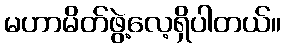
မဟာမိတ်ဖွဲ့လေ့ရှိပါတယ်။